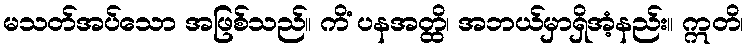
မသတ်အပ်သော အဖြစ်သည်။ ကိံ ပနအတ္ထိ၊ အဘယ်မှာရှိအံ့နည်း။ ဣတိ၊